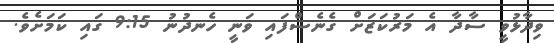
ވިދާޅުވީ ސާދާ އެ މަރުކަޒަށް ގެނެސްފައި ވަނީ ހެނދުނު 9:15 ގައި ކަމަށެވެ.